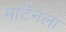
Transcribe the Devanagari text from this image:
मार्टेनला